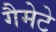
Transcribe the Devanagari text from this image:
गैमेटे